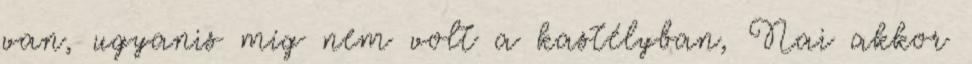
van, ugyanis míg nem volt a kastélyban, Nai akkor